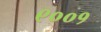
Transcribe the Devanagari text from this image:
९००१